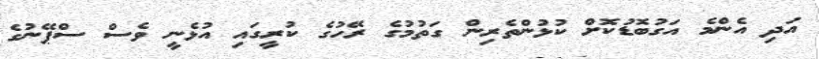
އަދި އެންމެ އަގުބޮޑުކޮށް ކުޅުންތެރިން ގަތުމުގެ ރޭހުގެ ކުރީގައި އުޅެނީ ވެސް ސްޕޭނުގެ